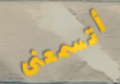
أتسمعنى